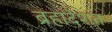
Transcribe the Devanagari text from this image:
ब्रहादेशत